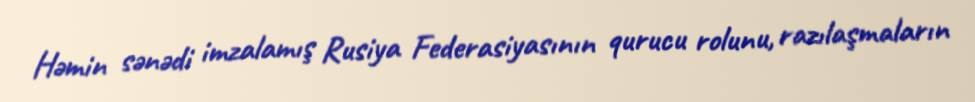
Həmin sənədi imzalamış Rusiya Federasiyasının qurucu rolunu, razılaşmaların